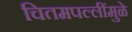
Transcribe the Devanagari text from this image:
चितमपल्लींमुळे